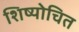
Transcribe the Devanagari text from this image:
शिष्योचित